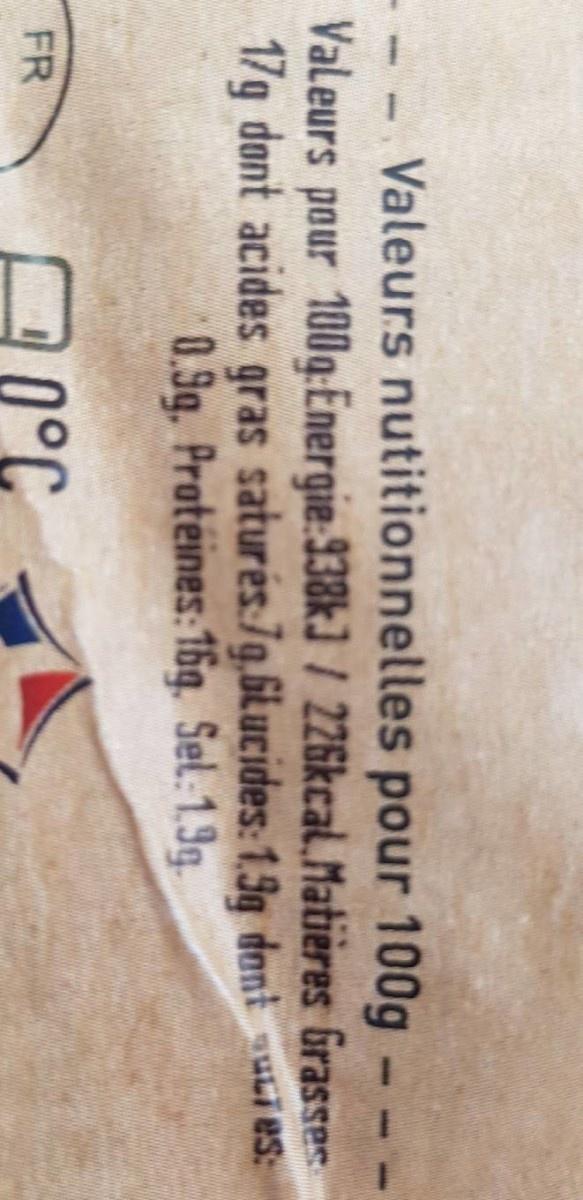
- - Valeurs nutitionnelles pour 100g. Valeurs pour 100g Energie:938kJ / 226kcal.Matières Grasses 17g dont acides gras saturés 79.Glucides: 1.9g danties: 0.9g. Proteines: 16g. Sel: 1.9g.
FR
ՈՐ 0°C